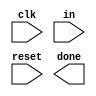
// The PS/2 mouse protocol sends messages that are three bytes long. However, within a continuous byte stream, it's not obvious where messages start and end. The only indication is that the first byte of each three byte message always has bit[3]=1 (but bit[3] of the other two bytes may be 1 or 0 depending on data).

// We want a finite state machine that will search for message boundaries when given an input byte stream. The algorithm we'll use is to discard bytes until we see one with bit[3]=1. We then assume that this is byte 1 of a message, and signal the receipt of a message once all 3 bytes have been received (done).

// The FSM should signal done in the cycle immediately after the third byte of each message was successfully received.

// Although in[7:0] is a byte, the FSM only has one input: in[3].
// You need ~4 states. Three states likely wouldn't work because one of them needs to assert done, and done is asserted for only one cycle for each received message.

module top_module(
    input clk,
    input [7:0] in,
    input reset,    // Synchronous reset
    output done); //

    // Insert your code below

    // State transition logic (combinational)

    // State flip-flops (sequential)
 
    // Output logic

endmodule